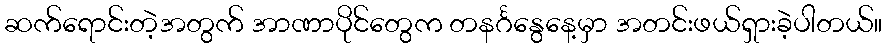
ဆက်ရောင်းတဲ့အတွက် အာဏာပိုင်တွေက တနင်္ဂနွေနေ့မှာ အတင်းဖယ်ရှားခဲ့ပါတယ်။